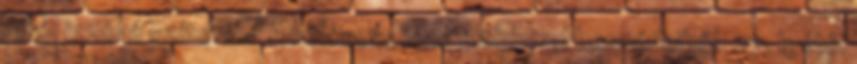
újból izzóvá szítottad A bölcsességet előhívtad beszédeiből. 27. Igétől